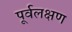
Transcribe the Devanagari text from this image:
पूर्वलक्षण